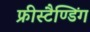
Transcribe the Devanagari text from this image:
फ्रीस्टैण्डिंग